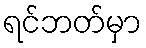
ရင်ဘတ်မှာ